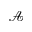
\mathcal { A }